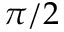
\pi / 2